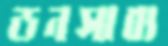
ডনসাব্য